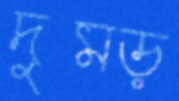
দুমড়